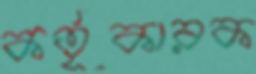
কর্তৃকারক